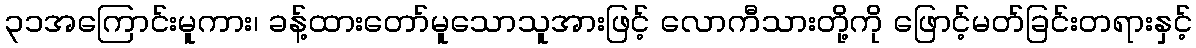
၃၁အကြောင်းမူကား၊ ခန့်ထားတော်မူသောသူအားဖြင့် လောကီသားတို့ကို ဖြောင့်မတ်ခြင်းတရားနှင့်